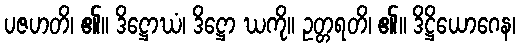
ပဇဟတိ၊ ၏။ ဒိဋ္ဌောဃံ၊ ဒိဋ္ဌော ဃကို။ ဥတ္တရတိ၊ ၏။ ဒိဋ္ဌိယောဂေန၊